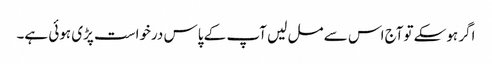
اگر ہوسکے توآج اس سے مل لیں آپ کے پاس درخواست پڑی ہوئی ہے۔